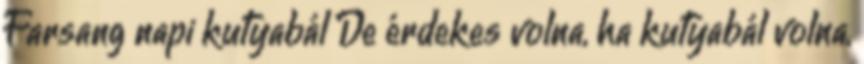
Farsang napi kutyabál De érdekes volna, ha kutyabál volna,